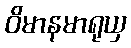
ဝိမာနမာရုယှ